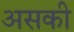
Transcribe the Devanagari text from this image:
असकी